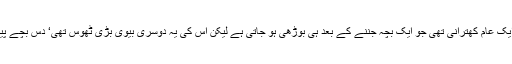
ان معنوں میں کہ اس میں کوئی کشش نہیں تھی‘ وہ ایک عام کھترانی تھی جو ایک بچہ جننے کے بعد ہی بوڑھی ہو جاتی ہے لیکن اس کی یہ دوسری بیوی بڑی ٹھوس تھی‘ دس بچے پیدا کرنے کے بعد بھی وہ ثابت و سالم رہ سکتی تھی۔